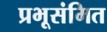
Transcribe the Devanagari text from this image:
प्रभूसंमित